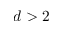
d > 2